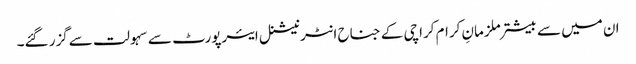
ان میں سے بیشتر ملزمانِ کرام کراچی کے جناح انٹرنیشنل ایئرپورٹ سے سہولت سےگزر گئے۔